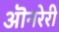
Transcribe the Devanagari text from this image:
ऒनरेरी